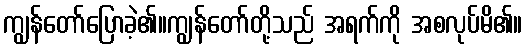
ကျွန်တော်ပြောခဲ့၏။ကျွန်တော်တို့သည် အရက်ကို အစလုပ်မိ၏။